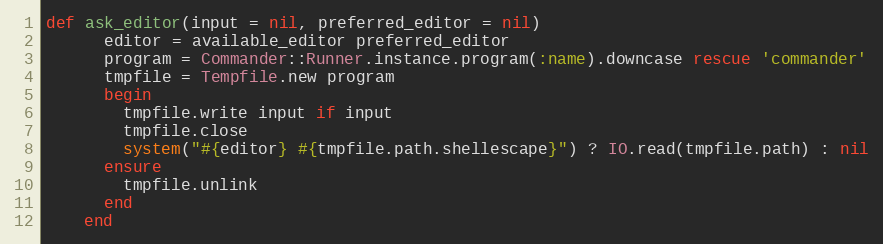
Language: Ruby
def ask_editor(input = nil, preferred_editor = nil)
      editor = available_editor preferred_editor
      program = Commander::Runner.instance.program(:name).downcase rescue 'commander'
      tmpfile = Tempfile.new program
      begin
        tmpfile.write input if input
        tmpfile.close
        system("#{editor} #{tmpfile.path.shellescape}") ? IO.read(tmpfile.path) : nil
      ensure
        tmpfile.unlink
      end
    end